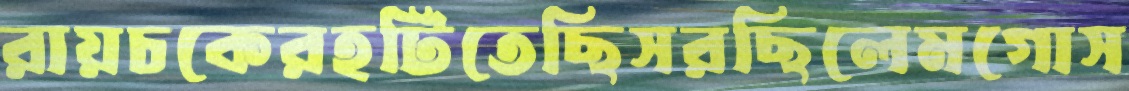
রায়চকেরহটিতেছিসরছিলেমগোস